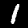
Label: 1